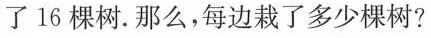
了16棵树。那么，每边栽了多少棵树?